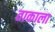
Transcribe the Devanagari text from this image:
ताकाला